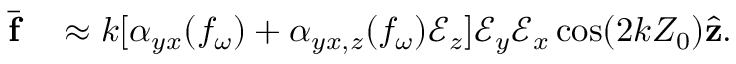
\begin{array} { r l } { \overline { { \mathbf { f } } } } & { { } \approx k [ \alpha _ { y x } ( f _ { \omega } ) + \alpha _ { y x , z } ( f _ { \omega } ) \mathcal { E } _ { z } ] \mathcal { E } _ { y } \mathcal { E } _ { x } \cos ( 2 k Z _ { 0 } ) \hat { \mathbf { z } } . } \end{array}